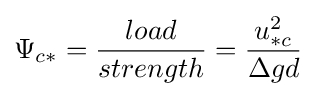
\Psi _{c*}={\frac {load}{strength}}={\frac {u_{*c}^{2}}{\Delta gd}}